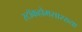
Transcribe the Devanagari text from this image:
स्टॉकहोमसारख्या